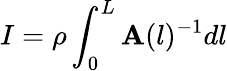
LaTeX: I=\rho\int_{0}^{L}\mathbf{A}(l)^{-1}dl